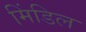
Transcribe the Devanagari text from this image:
मिंडिल